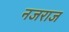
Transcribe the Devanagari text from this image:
नजराज